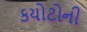
કયોટોની